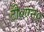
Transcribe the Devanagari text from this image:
टी०एन०